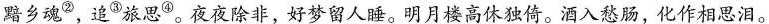
黯乡魂^{②}，追^{③}旅思^{④}。夜夜除非，好梦留人睡。明月楼高休独倚。酒入愁肠，化作相思泪。